Vabadussoja_Ajaloo_Komitee, lk 10
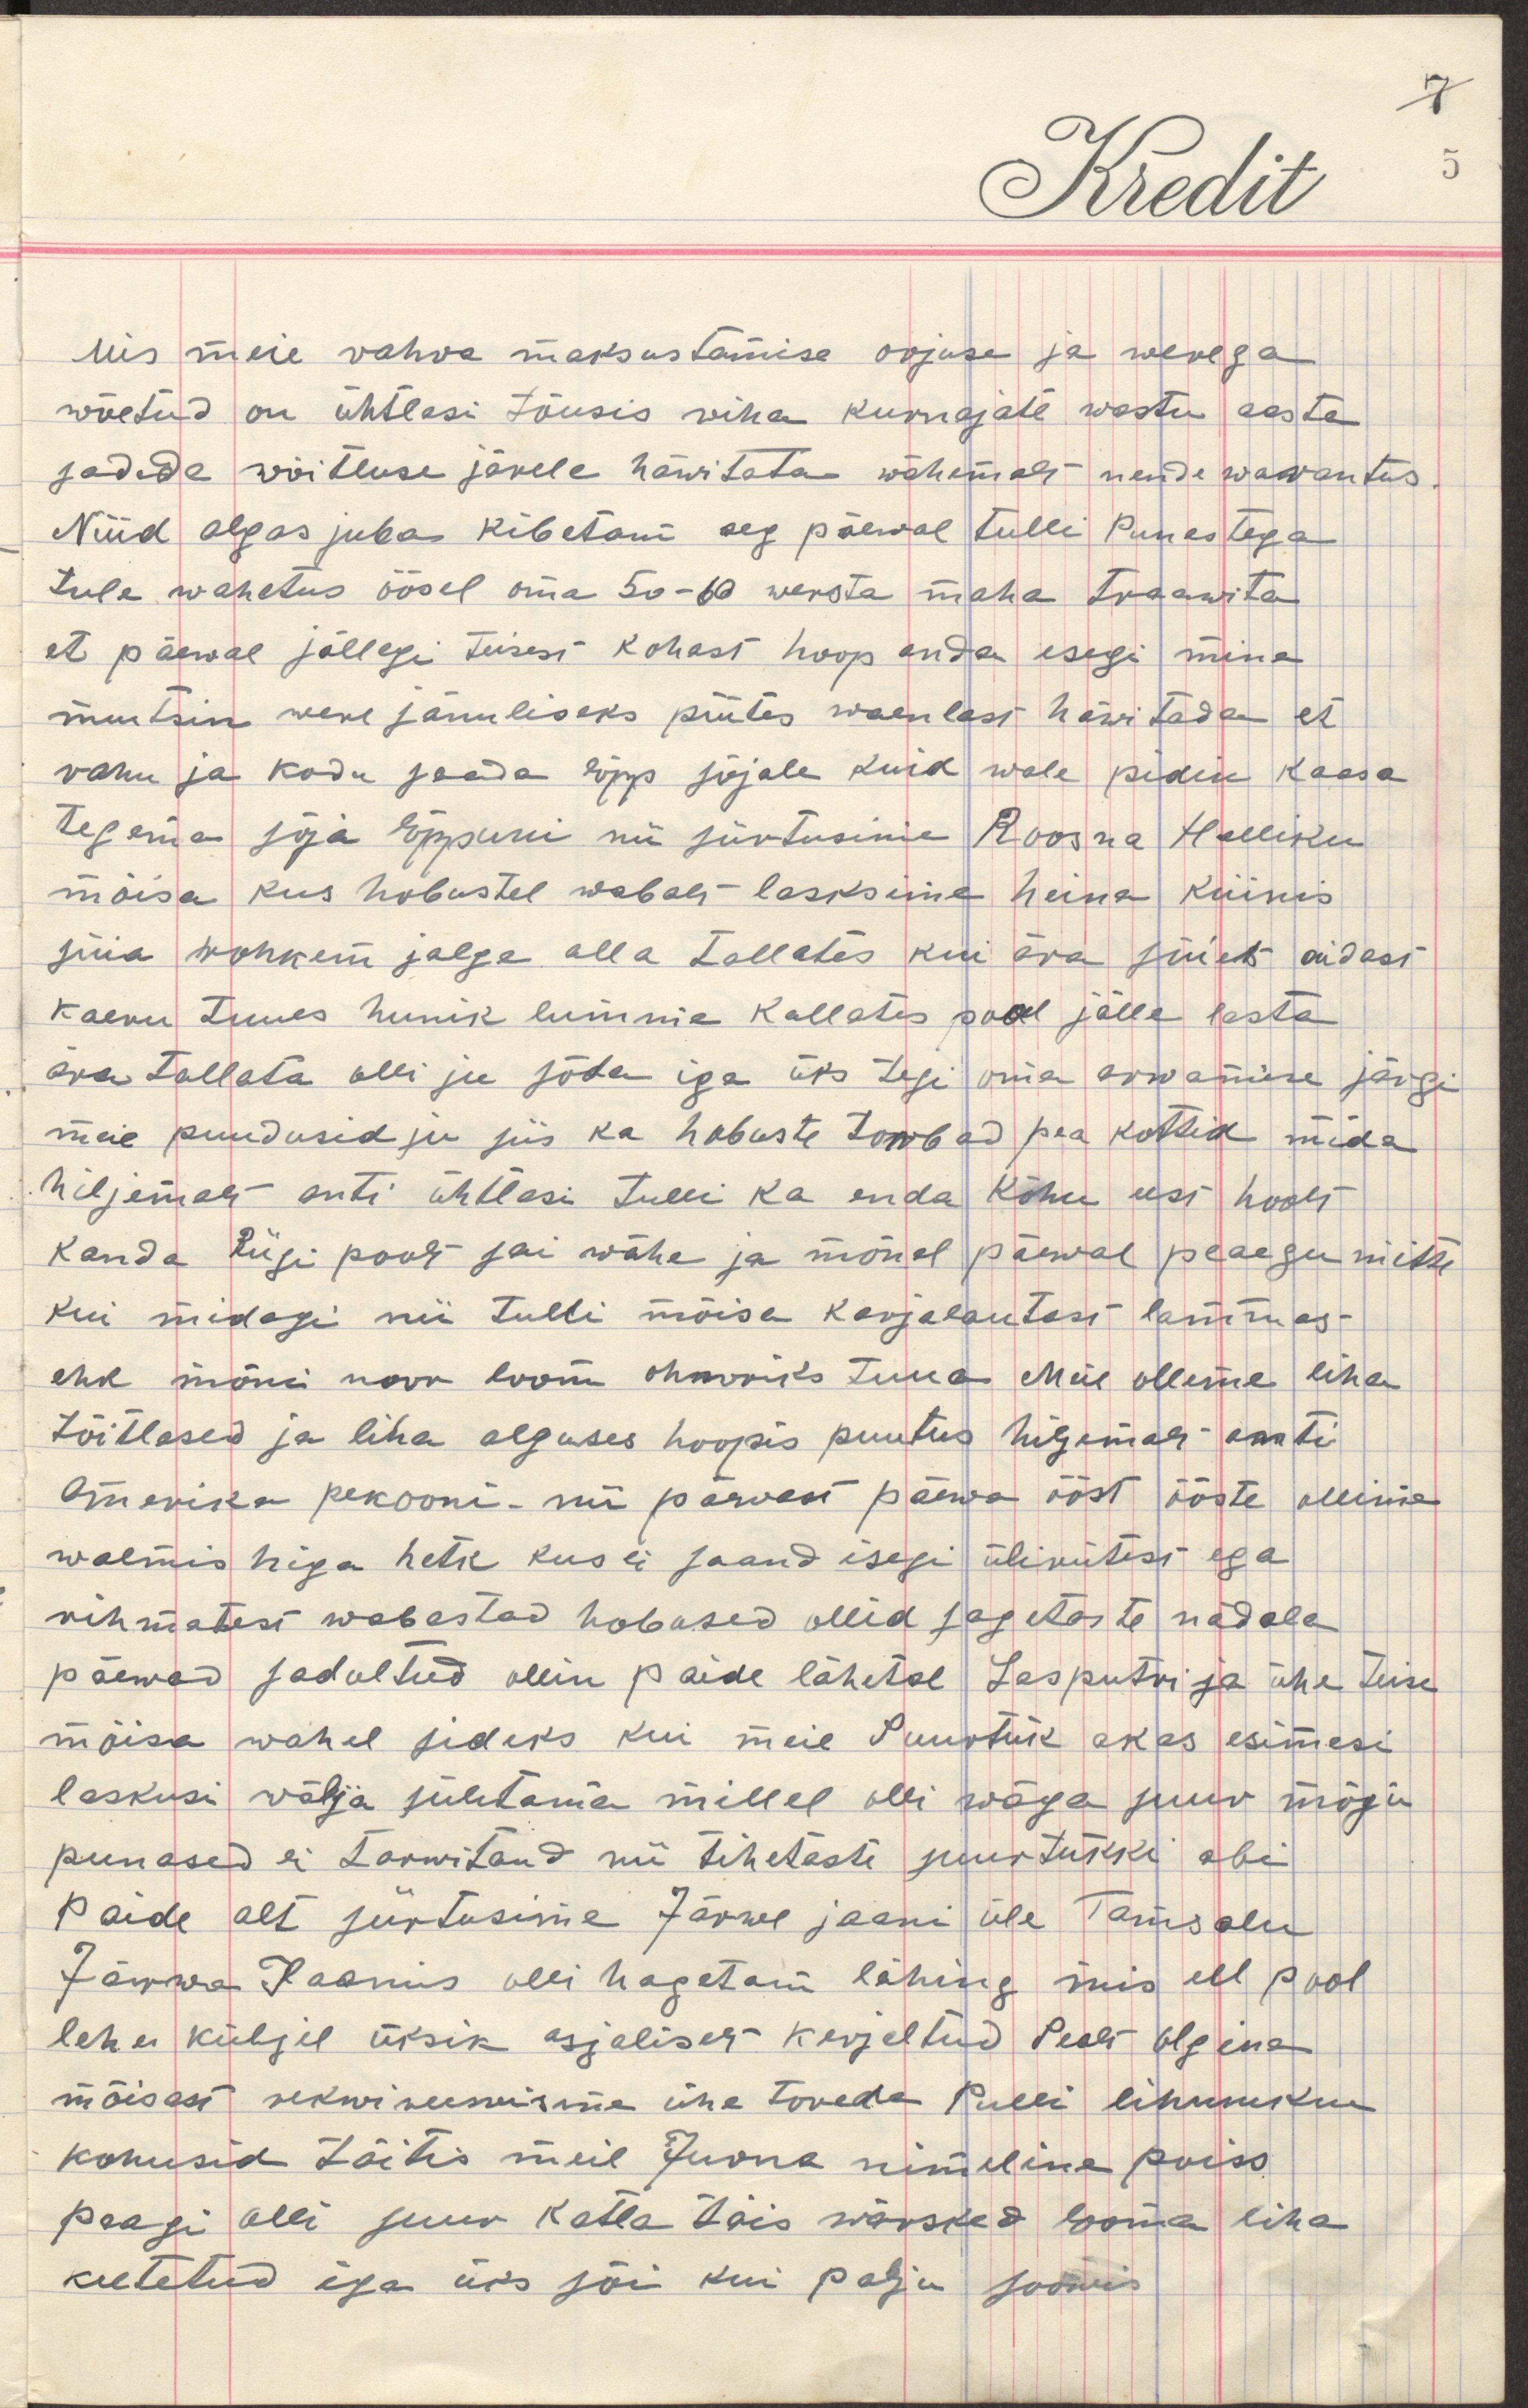
mis meie rahwa maksustamise orjuse ja werega
wõetud on ühtlasi tõusis wiha kurnajate wastu aasta
sadade wõitluse järelel häwitata wähemalt nende warantus
Nüüd algas juba kibetam aeg päewal tulli Punastega
tule wahetus öösel oma 50 - 60 wersta maha traawita
et päewal jällegi teisest kohast hoop anda isegi mina
muutsin werejanuliseks püütes waenlast häwitada et
rahu ja kodu saada lõpp sõjale kuid wale pidin kaasa
tegema sõja lõppuni nii jõutsime Roosna Halliku
mõisa kus hobustel wabalt lasksime heina küinis
süia rohkem jalge alla tallates kui ära süies aidast
kaevu tuues hunik lumme kallates pool jälle lasta
ära tallata olli see sõda iga üks tegi oma arwamise järgi
meil puudusid ju siis ka hobuste tombad pea kottid mida 
hiljemalt anti ühtlasi tulli ka enda kõhu eest hoolt
kanda Riigi poolt sai wähe ja mõnel päewal peaaegu mitte
kui midagi nii tulli mõisa karjalautast lammas
ehk mõni noor loom ohwriks tuua meie olleme liha
tõillased ja liha alguses hoopis puutus hiljemalt anti
Amerika pekooni nii päewast päewa ööst ööste ollime
walmis higa hetk kus ei saand isegi ülikutest ega
rihmatest wabastad hobused ollid sagedaste nädala
päewad sadultud ollin Paide lähedal Lasputri ja ühe teise
mõisa wahel sideks kui meie Suurtük akas esimesi
laskusi wälja sületama millel oli wäga suur mõju
punased ei tarwitand nii tihedasti suurtükki abi
Paide alt jõutsime Järwe jaani üle Tamsalu
Järwa Jaanis olli hagetam lahing mis eel pool
leheküljel üksik asjaliselt kirjeltud Peale Olgina
mõisast rekwireerisime ime toreda Pulli lihuniku
kohusid täitis meil Joona nimeline poiss
peagi olli suur katla täis wärsked looma liha
keetetud iga üks sai kui palju soowis